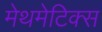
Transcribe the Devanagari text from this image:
मेथमेटिक्स